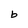
Character: b